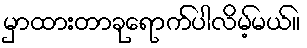
မှာထားတာခုရောက်ပါလိမ့်မယ်။